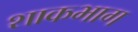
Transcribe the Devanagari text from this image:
शाकभाग